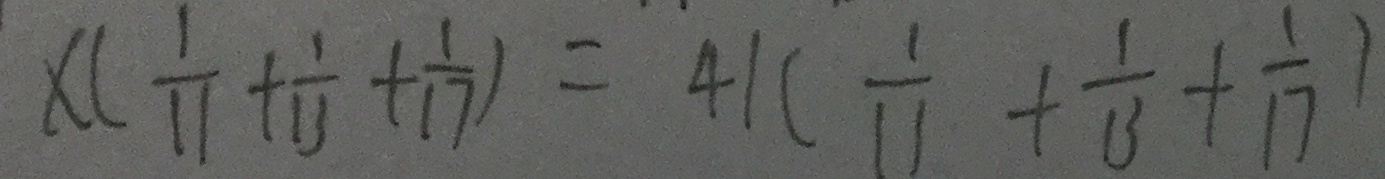
x ( \frac { 1 } { 1 1 } + \frac { 1 } { 1 3 } + \frac { 1 } { 1 7 } ) = 4 1 ( \frac { 1 } { 1 1 } + \frac { 1 } { 1 3 } + \frac { 1 } { 1 7 } )